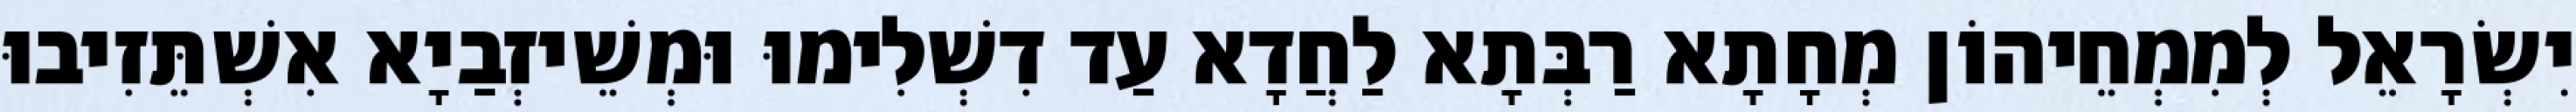
יִשְׂרָאֵל לְמִמְחֵיהוֹן מְחָתָא רַבְּתָא לַחֲדָא עַד דִשְׁלִימוּ וּמְשֵׁיזְבַיָא אִשְׁתֵּזִיבוּ